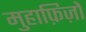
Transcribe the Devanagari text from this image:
मुहाफ़िज़ों